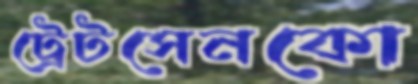
ট্রেটসেনকো